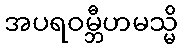
အပရဝမ္ဘီဟမသ္မိ